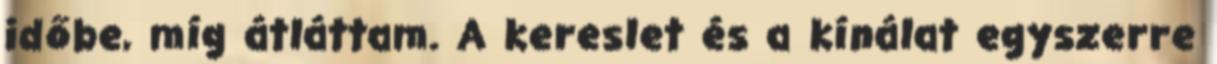
időbe, míg átláttam. A kereslet és a kínálat egyszerre